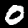
Digit: 0